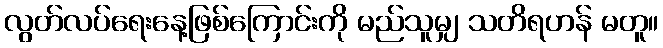
လွတ်လပ်ရေးနေ့ဖြစ်ကြောင်းကို မည်သူမျှ သတိရဟန် မတူ။